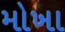
મોખા